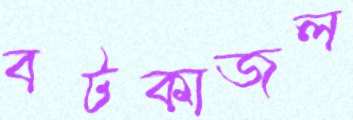
বটকাজল